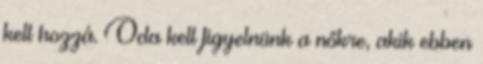
kell hozzá. Oda kell figyelnünk a nőkre, akik ebben